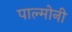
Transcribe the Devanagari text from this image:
पाल्मोनी